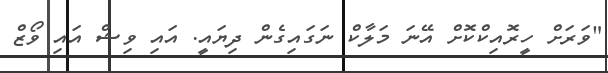
"ވަރަށް ހީރޮއިކްކޮށް އޭނަ މަލާކް ނަގައިގެން ދިޔައީ. އައި ވިޝް އައި ވޯޒް